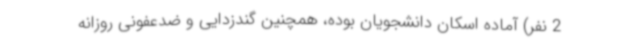
2 نفر) آماده اسکان دانشجویان بوده، همچنین گندزدایی و ضدعفونی روزانه